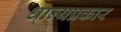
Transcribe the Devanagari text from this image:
धान्यप्रकार